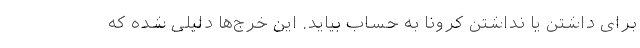
برای داشتن یا نداشتن کرونا به حساب بیاید. این خرج‌ها دلیلی شده که